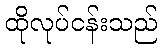
ထိုလုပ်ငန်းသည်